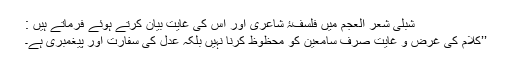
شبلی شعر العجم میں فلسفۂ شاعری اور اس کی غایت بیان کرتے ہوئے فرماتے ہیں :
’’کلام کی غرض و غایت صرف سامعین کو محظوظ کرنا نہیں بلکہ عدل کی سفارت اور پیغمبری ہے۔